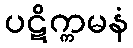
ပဋိက္ကမနံ